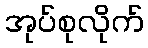
အုပ်စုလိုက်